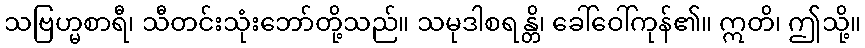
သဗြဟ္မစာရီ၊ သီတင်းသုံးဘော်တို့သည်။ သမုဒါစရန္တိ၊ ခေါ်ဝေါ်ကုန်၏။ ဣတိ၊ ဤသို့။